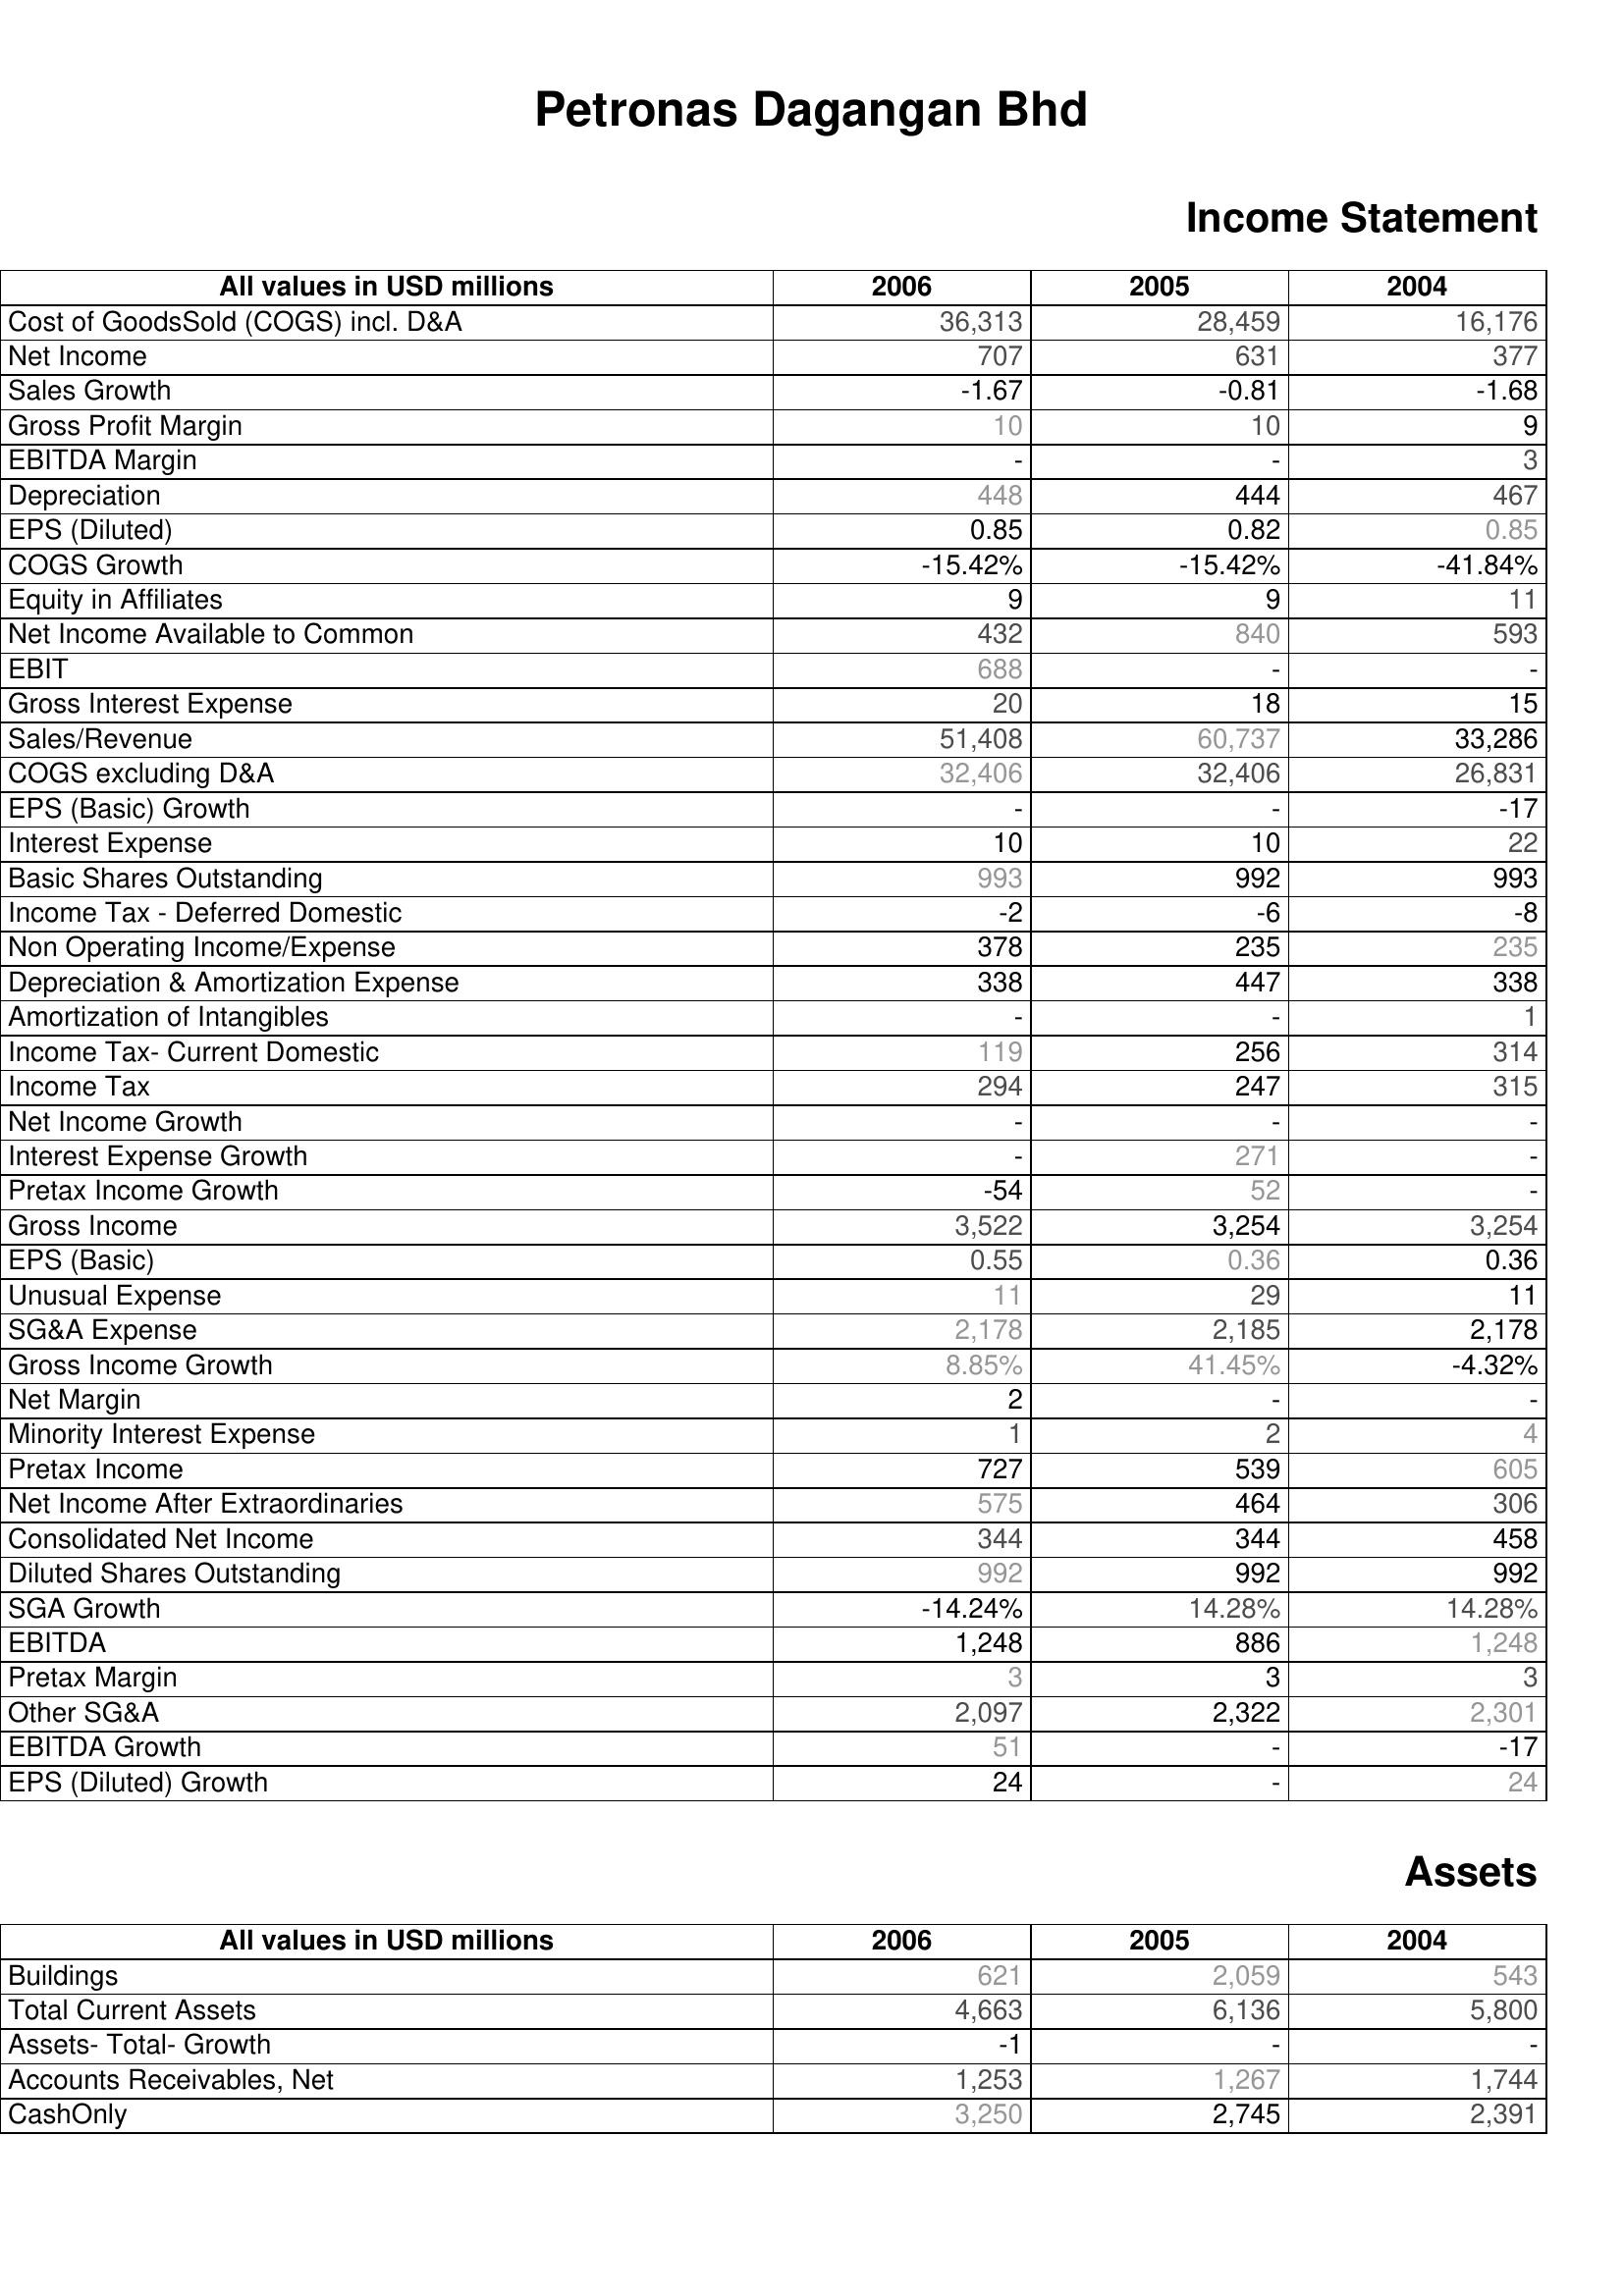
2006: Income Statement: Cost of GoodsSold (COGS) incl. D&A: 36,313
Net Income: 707
Sales Growth: -1.67
Gross Profit Margin: 10
EBITDA Margin: -
Depreciation: 448
EPS (Diluted): 0.85
COGS Growth: -15.42%
Equity in Affiliates: 9
Net Income Available to Common: 432
EBIT: 688
Gross Interest Expense: 20
Sales/Revenue: 51,408
COGS excluding D&A: 32,406
EPS (Basic) Growth: -
Interest Expense: 10
Basic Shares Outstanding: 993
Income Tax - Deferred Domestic: -2
Non Operating Income/Expense: 378
Depreciation & Amortization Expense: 338
Amortization of Intangibles: -
Income Tax- Current Domestic: 119
Income Tax: 294
Net Income Growth: -
Interest Expense Growth: -
Pretax Income Growth: -54
Gross Income: 3,522
EPS (Basic): 0.55
Unusual Expense: 11
SG&A Expense: 2,178
Gross Income Growth: 8.85%
Net Margin: 2
Minority Interest Expense: 1
Pretax Income: 727
Net Income After Extraordinaries: 575
Consolidated Net Income: 344
Diluted Shares Outstanding: 992
SGA Growth: -14.24%
EBITDA: 1,248
Pretax Margin: 3
Other SG&A: 2,097
EBITDA Growth: 51
EPS (Diluted) Growth: 24
Assets: Buildings: 621
Total Current Assets: 4,663
Assets- Total- Growth: -1
Accounts Receivables, Net: 1,253
CashOnly: 3,250
2005: Income Statement: Cost of GoodsSold (COGS) incl. D&A: 28,459
Net Income: 631
Sales Growth: -0.81
Gross Profit Margin: 10
EBITDA Margin: -
Depreciation: 444
EPS (Diluted): 0.82
COGS Growth: -15.42%
Equity in Affiliates: 9
Net Income Available to Common: 840
EBIT: -
Gross Interest Expense: 18
Sales/Revenue: 60,737
COGS excluding D&A: 32,406
EPS (Basic) Growth: -
Interest Expense: 10
Basic Shares Outstanding: 992
Income Tax - Deferred Domestic: -6
Non Operating Income/Expense: 235
Depreciation & Amortization Expense: 447
Amortization of Intangibles: -
Income Tax- Current Domestic: 256
Income Tax: 247
Net Income Growth: -
Interest Expense Growth: 271
Pretax Income Growth: 52
Gross Income: 3,254
EPS (Basic): 0.36
Unusual Expense: 29
SG&A Expense: 2,185
Gross Income Growth: 41.45%
Net Margin: -
Minority Interest Expense: 2
Pretax Income: 539
Net Income After Extraordinaries: 464
Consolidated Net Income: 344
Diluted Shares Outstanding: 992
SGA Growth: 14.28%
EBITDA: 886
Pretax Margin: 3
Other SG&A: 2,322
EBITDA Growth: -
EPS (Diluted) Growth: -
Assets: Buildings: 2,059
Total Current Assets: 6,136
Assets- Total- Growth: -
Accounts Receivables, Net: 1,267
CashOnly: 2,745
2004: Income Statement: Cost of GoodsSold (COGS) incl. D&A: 16,176
Net Income: 377
Sales Growth: -1.68
Gross Profit Margin: 9
EBITDA Margin: 3
Depreciation: 467
EPS (Diluted): 0.85
COGS Growth: -41.84%
Equity in Affiliates: 11
Net Income Available to Common: 593
EBIT: -
Gross Interest Expense: 15
Sales/Revenue: 33,286
COGS excluding D&A: 26,831
EPS (Basic) Growth: -17
Interest Expense: 22
Basic Shares Outstanding: 993
Income Tax - Deferred Domestic: -8
Non Operating Income/Expense: 235
Depreciation & Amortization Expense: 338
Amortization of Intangibles: 1
Income Tax- Current Domestic: 314
Income Tax: 315
Net Income Growth: -
Interest Expense Growth: -
Pretax Income Growth: -
Gross Income: 3,254
EPS (Basic): 0.36
Unusual Expense: 11
SG&A Expense: 2,178
Gross Income Growth: -4.32%
Net Margin: -
Minority Interest Expense: 4
Pretax Income: 605
Net Income After Extraordinaries: 306
Consolidated Net Income: 458
Diluted Shares Outstanding: 992
SGA Growth: 14.28%
EBITDA: 1,248
Pretax Margin: 3
Other SG&A: 2,301
EBITDA Growth: -17
EPS (Diluted) Growth: 24
Assets: Buildings: 543
Total Current Assets: 5,800
Assets- Total- Growth: -
Accounts Receivables, Net: 1,744
CashOnly: 2,391